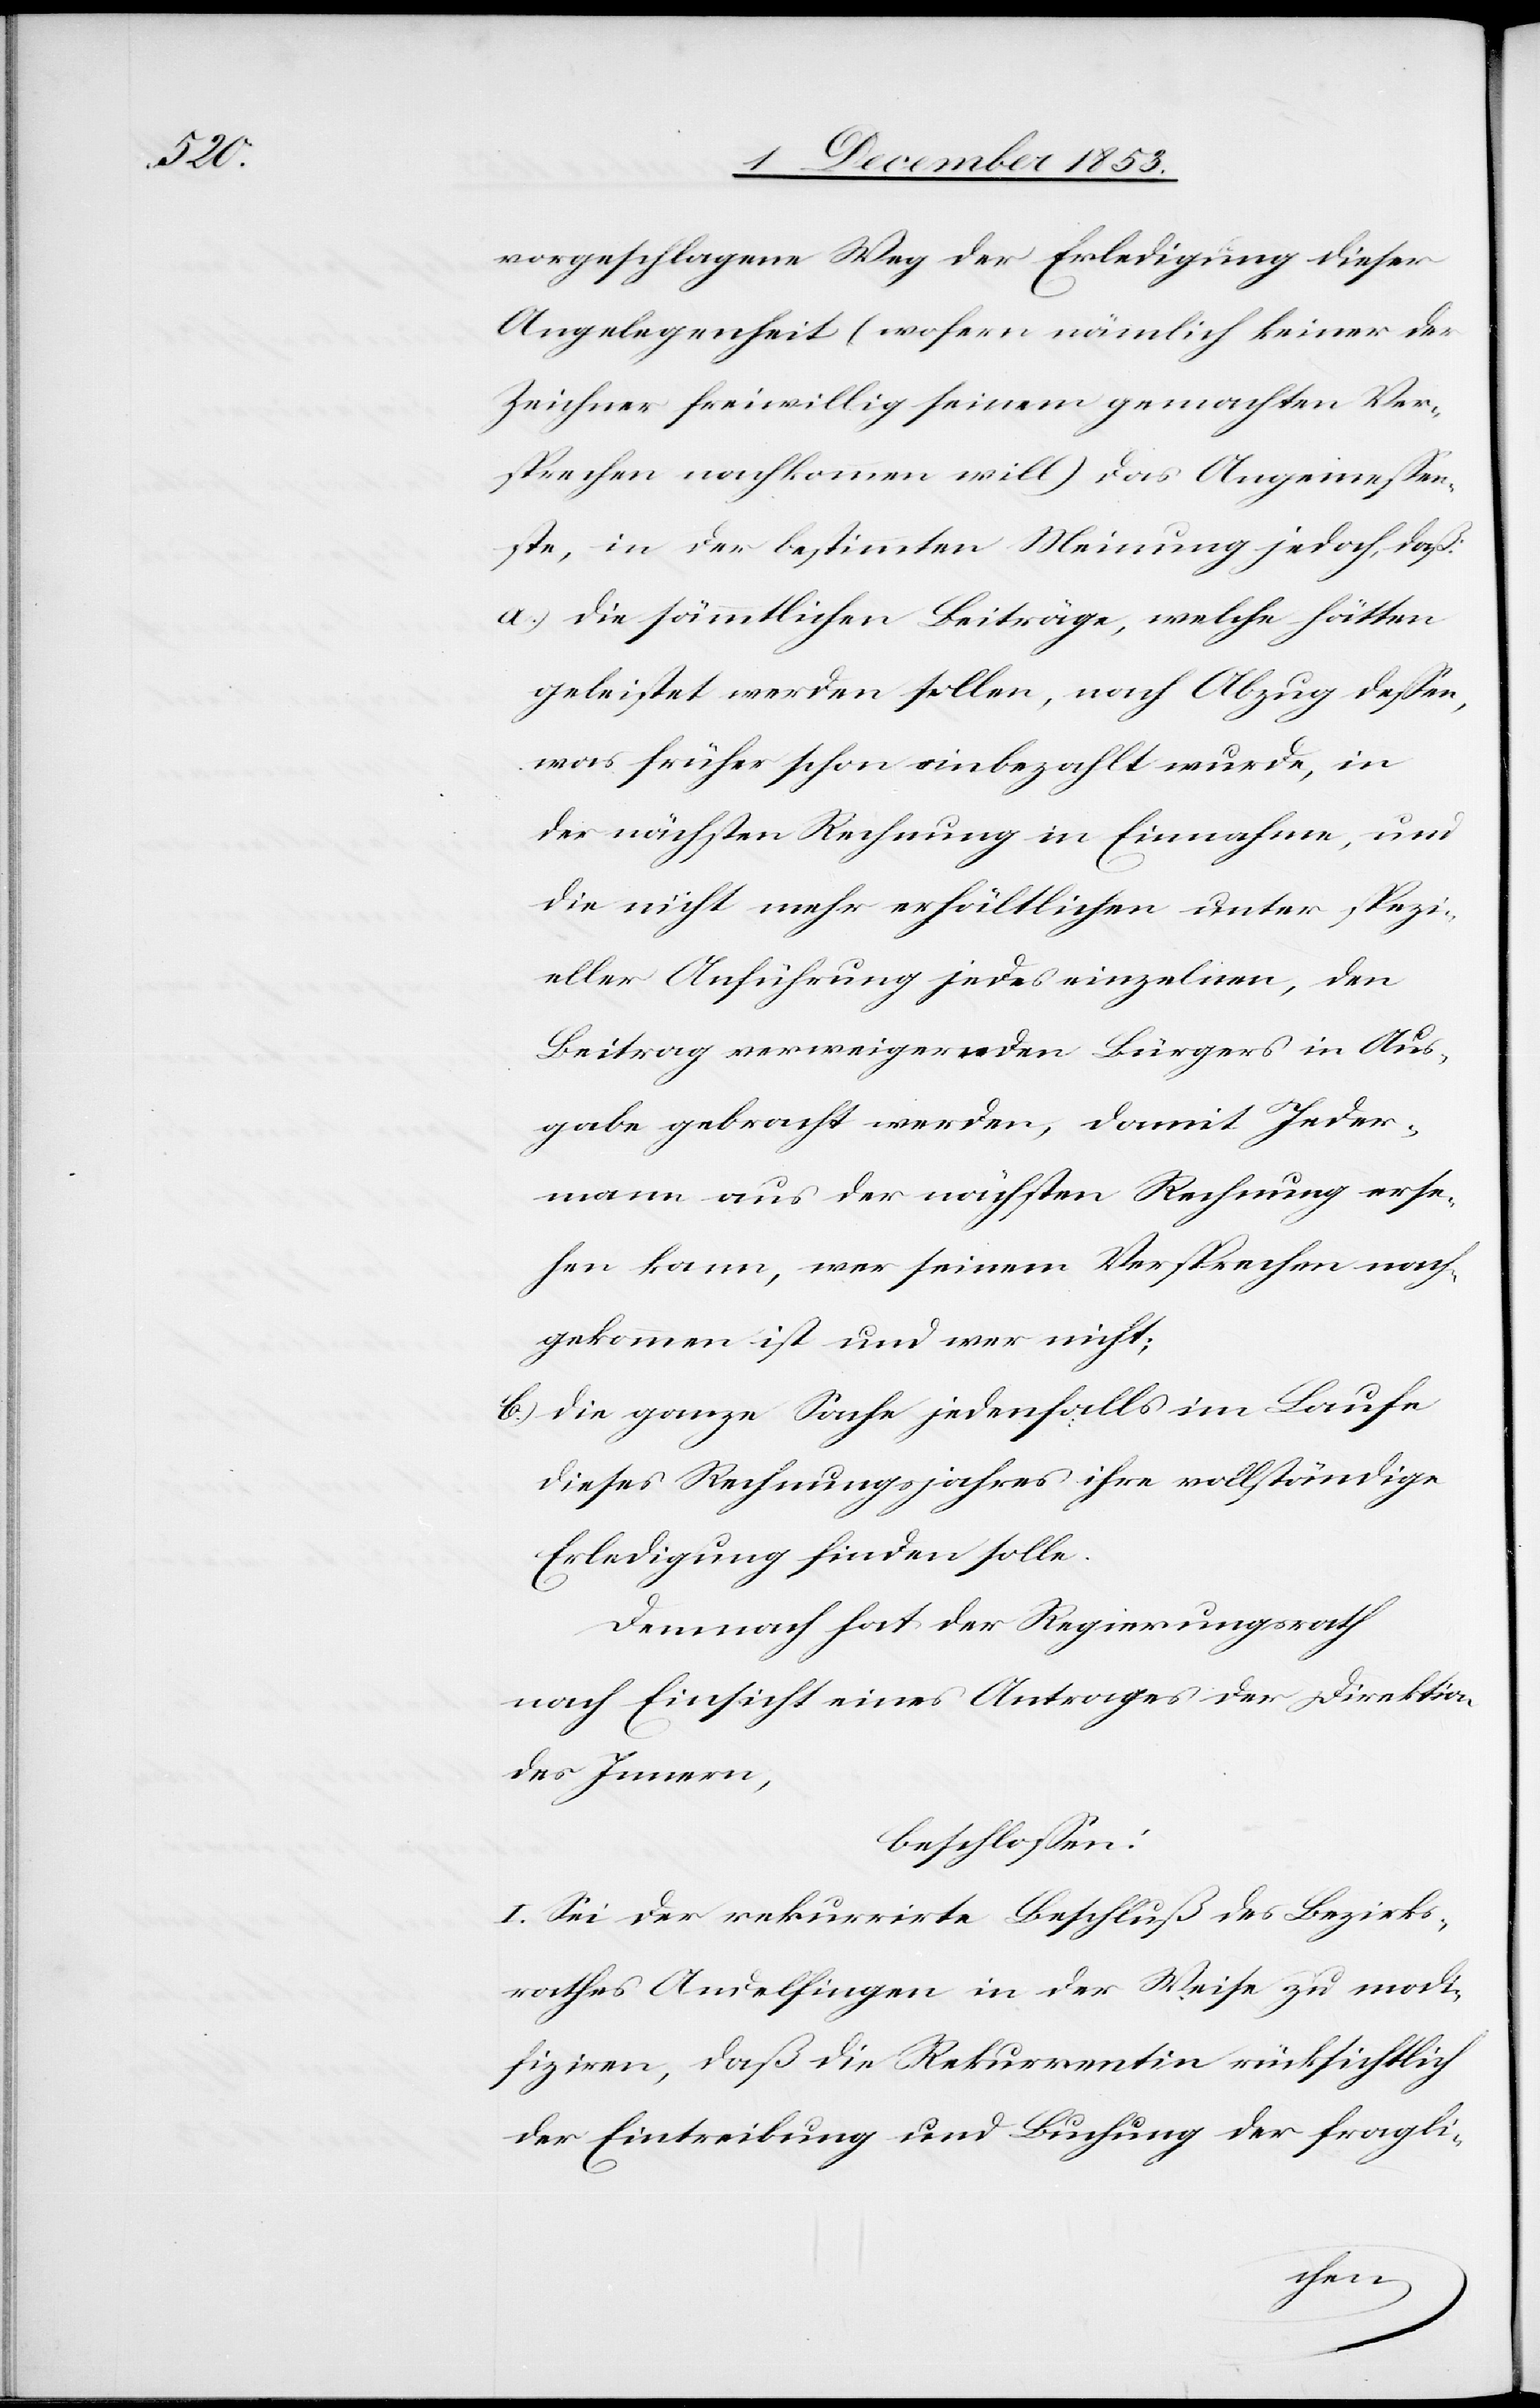
vorgeschlagene Weg der Erledigung dieser
Angelegenheit (wofern nämlich keiner der
Zeichner freiwillig seinem gemachten Ver¬
sprechen nachkommen will) das Angemeßen¬
ste, in der bestimmten Meinung jedoch, daß:
a) die sämmtlichen Beiträge, welche hätten
geleistet werden sollen, nach Abzug deßen,
was früher schon einbezahlt wurde, in
der nächsten Rechnung in Einnahme, und
die nicht mehr erhältlichen unter spezi¬
eller Anführung jedes einzelnen, den
Beitrag verweigernden Bürgers in Aus¬
gabe gebracht werden, damit Jeder¬
man aus der nächsten Rechnung erse¬
hen kann, wer seinem Versprechen nach¬
gekommen ist und wer nicht;
b) die ganze Sache jedenfalls im Laufe
dieses Rechnungsjahres ihre vollständige
Erledigung finden solle.
Demnach hat der Regierungsrath
nach Einsicht eines Antrages der Direktion
des Innern,
beschloßen:
I. Sei der rekurrirte Beschluß des Bezirks¬
rathes Andelfingen in der Weise zu modi¬
fziren, daß die Rekurrentin rücksichtlich
der Eintreibung und Buchung der fragli-